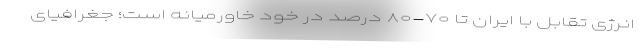
انرژی تقابل با ایران تا ۷۰-۸۰ درصد در خودِ خاورمیانه است؛ جغرافیای